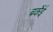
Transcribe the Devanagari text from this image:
बर्केई